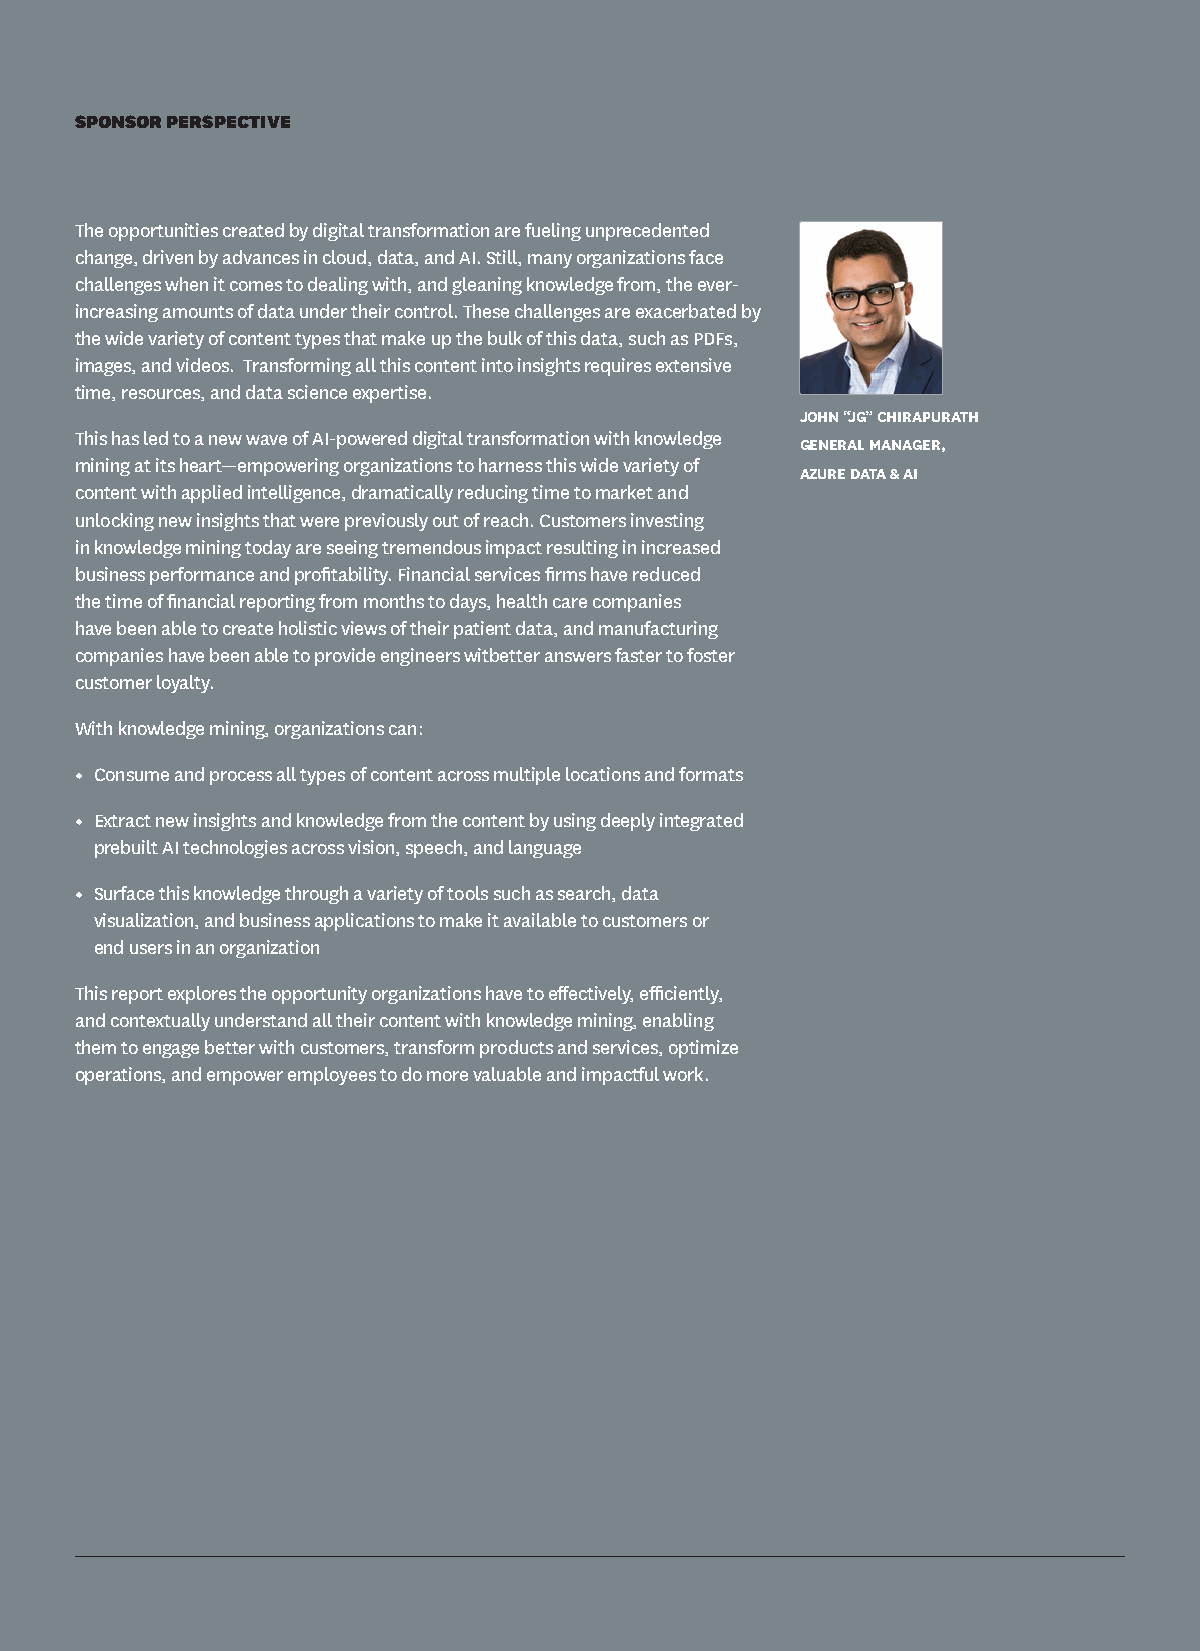
SPONSOR PERSPECTIVE
 The opportunities created by digital transformation are fueling unprecedented
 change, driven by advances in cloud, data, and AI. Still, many organizations face
 challenges when it comes to dealing with, and gleaning knowledge from, the ever-
 increasing amounts of data under their control. These challenges are exacerbated by
 the wide variety of content types that make up the bulk of this data, such as PDFs,
 images, and videos. Transforming all this content into insights requires extensive
 time, resources, and data science expertise.
 JOHN “JG” CHIRAPURATH
 This has led to a new wave of AI-powered digital transformation with knowledge
 GENERAL MANAGER,
 mining at its heart—empowering organizations to harness this wide variety of
 AZURE DATA & AI
 content with applied intelligence, dramatically reducing time to market and
 unlocking new insights that were previously out of reach. Customers investing
 in knowledge mining today are seeing tremendous impact resulting in increased
 business performance and profitability. Financial services firms have reduced
 the time of financial reporting from months to days, health care companies
 have been able to create holistic views of their patient data, and manufacturing
 companies have been able to provide engineers witbetter answers faster to foster
 customer loyalty.
 With knowledge mining, organizations can:
 • Consume and process all types of content across multiple locations and formats
 • Extract new insights and knowledge from the content by using deeply integrated
 prebuilt AI technologies across vision, speech, and language
 • Surface this knowledge through a variety of tools such as search, data
 visualization, and business applications to make it available to customers or
 end users in an organization
 This report explores the opportunity organizations have to effectively, efficiently,
 and contextually understand all their content with knowledge mining, enabling
 them to engage better with customers, transform products and services, optimize
 operations, and empower employees to do more valuable and impactful work.